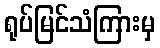
ရုပ်မြင်သံကြားမှ